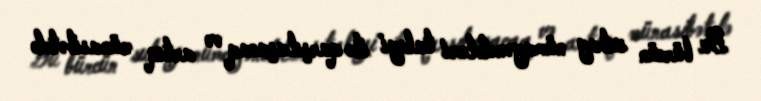
Bu bürcün subay nümayəndələri taleyi ilə qarşılaşacaq və artıq münasibətdə